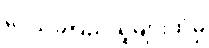
ဒေသခံပြည်သူများထံမှ